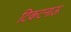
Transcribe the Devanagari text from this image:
टिकटनाऊ